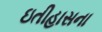
ઇતીહાસના